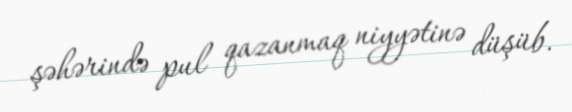
şəhərində pul qazanmaq niyyətinə düşüb.